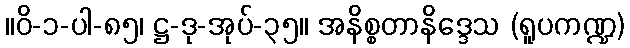
။ဝိ-၁-ပါ-၈၅၊ ဋ္ဌ-ဒု-အုပ်-၃၅။ အနိစ္စတာနိဒ္ဒေသ (ရူပကဏ္ဍ)